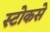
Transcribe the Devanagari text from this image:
स्टोकसे